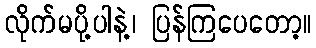
လိုက်မပို့ပါနဲ့၊ ပြန်ကြပေတော့။